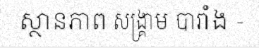
ស្ថានភាព សង្គ្រាម បារាំង -